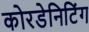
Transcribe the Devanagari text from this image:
कोरडेनिटिंग